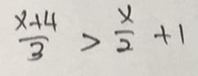
\frac { x + 4 } { 3 } > \frac { x } { 2 } + 1